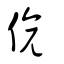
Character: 偐